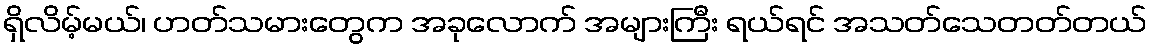
ရှိလိမ့်မယ်၊ ဟတ်သမားတွေက အခုလောက် အများကြီး ရယ်ရင် အသတ်သေတတ်တယ်